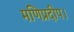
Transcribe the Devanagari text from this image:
मणिप्रदीप।